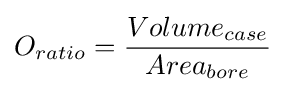
{O_{ratio}}={\frac {Volume_{case}}{Area_{bore}}}